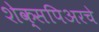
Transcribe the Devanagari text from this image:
शेक्सपिअरचे